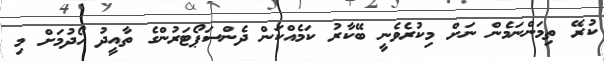
ކުރޭ ތިމަންނަމެން ނަށް މިކުރެވެނީ ބޭކާރު ކަމެއްކަން ދެންސަޕޯޓަރުންގެ ތާއީދު ހޯދުމަށް މި